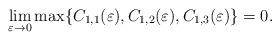
LaTeX: \begin{align*}\lim_{\varepsilon \to 0} \max\{C_{1,1}(\varepsilon), C_{1,2}(\varepsilon),C_{1,3}(\varepsilon)\} = 0.\end{align*}